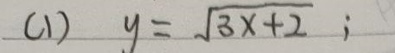
(1) \(y = \sqrt{3x + 2}\);